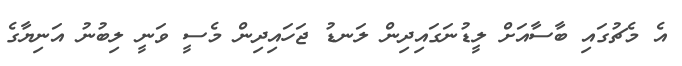
އެ މެޗުގައި ބާސާއަށް ލީޑުނަގައިދިން ލަނޑު ޖަހައިދިން މެސީ ވަނީ ލިބުނު އަނިޔާގެ